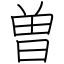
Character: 曽